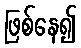
ဖြစ်နေ၍